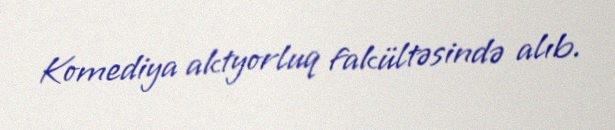
Komediya aktyorluq fakültəsində alıb.